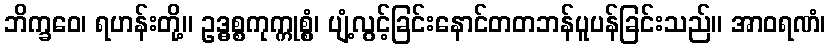
ဘိက္ခဝေ၊ ရဟန်းတို့။ ဥဒ္ဓစ္စကုက္ကုစ္စွံ၊ ပျံ့လွင့်ခြင်းနောင်တတဘန်ပူပန်ခြင်းသည်။ အာဝရဏံ၊